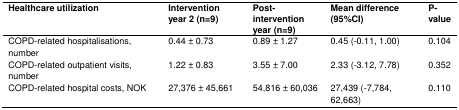
<table><thead><tr><td><b>Healthcare utilization</b></td><td><b>Intervention year 2 (n=9)</b></td><td><b>Post-intervention year (n=9)</b></td><td><b>Mean difference (95%CI)</b></td><td><b>P-value</b></td></tr></thead><tbody><tr><td>COPD-related hospitalisations, number</td><td>0.44 ± 0.73</td><td>0.89 ± 1.27</td><td>0.45 (−0.11, 1.00)</td><td>0.104</td></tr><tr><td>COPD-related outpatient visits, number</td><td>1.22 ± 0.83</td><td>3.55 ± 7.00</td><td>2.33 (−3.12, 7.78)</td><td>0.352</td></tr><tr><td>COPD-related hospital costs, NOK</td><td>27,376 ± 45,661</td><td>54,816 ± 60,036</td><td>27,439 (−7,784, 62,663)</td><td>0.110</td></tr></tbody></table>